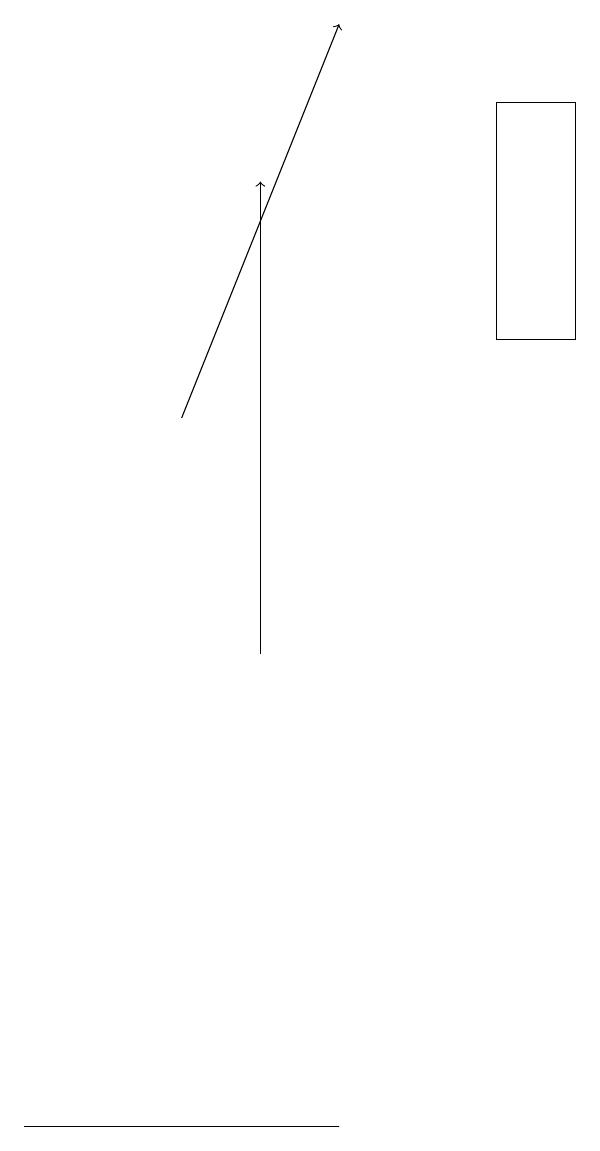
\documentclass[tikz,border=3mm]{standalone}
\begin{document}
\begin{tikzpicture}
\draw (8,18) rectangle (9,15);
\draw (6,5) -- (6,5) -- (2,5) -- cycle;
\draw[->] (4,14) -- (6,19);
\draw[->] (5,11) -- (5,17);
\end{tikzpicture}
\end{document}